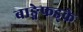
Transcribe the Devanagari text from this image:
बाङ्गेफड्के